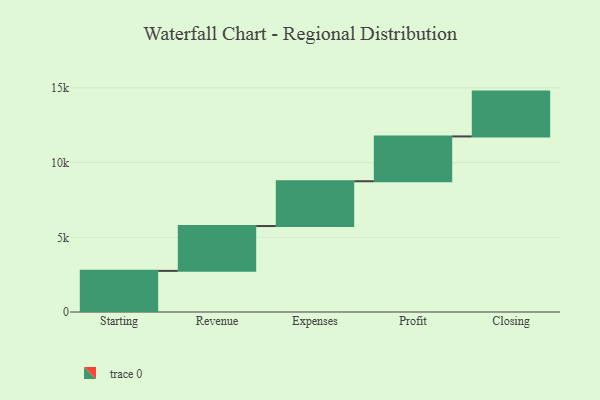
{"axis": {"x": "Step", "y": "Value"}, "legend": [""], "data": [{"x": "Starting", "y": 2753.0, "type": ""}, {"x": "Revenue", "y": 3000, "type": ""}, {"x": "Expenses", "y": 3000, "type": ""}, {"x": "Profit", "y": 3000, "type": ""}, {"x": "Closing", "y": 3000, "type": ""}]}